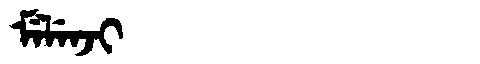
Manchu: ᠮᡝᠯᡝᠨᠵᡳ
Romanization: MELENJI